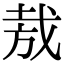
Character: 𢦷